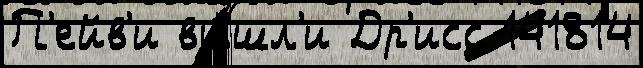
П'ейв'и вы́шл'и Др'исс 141814